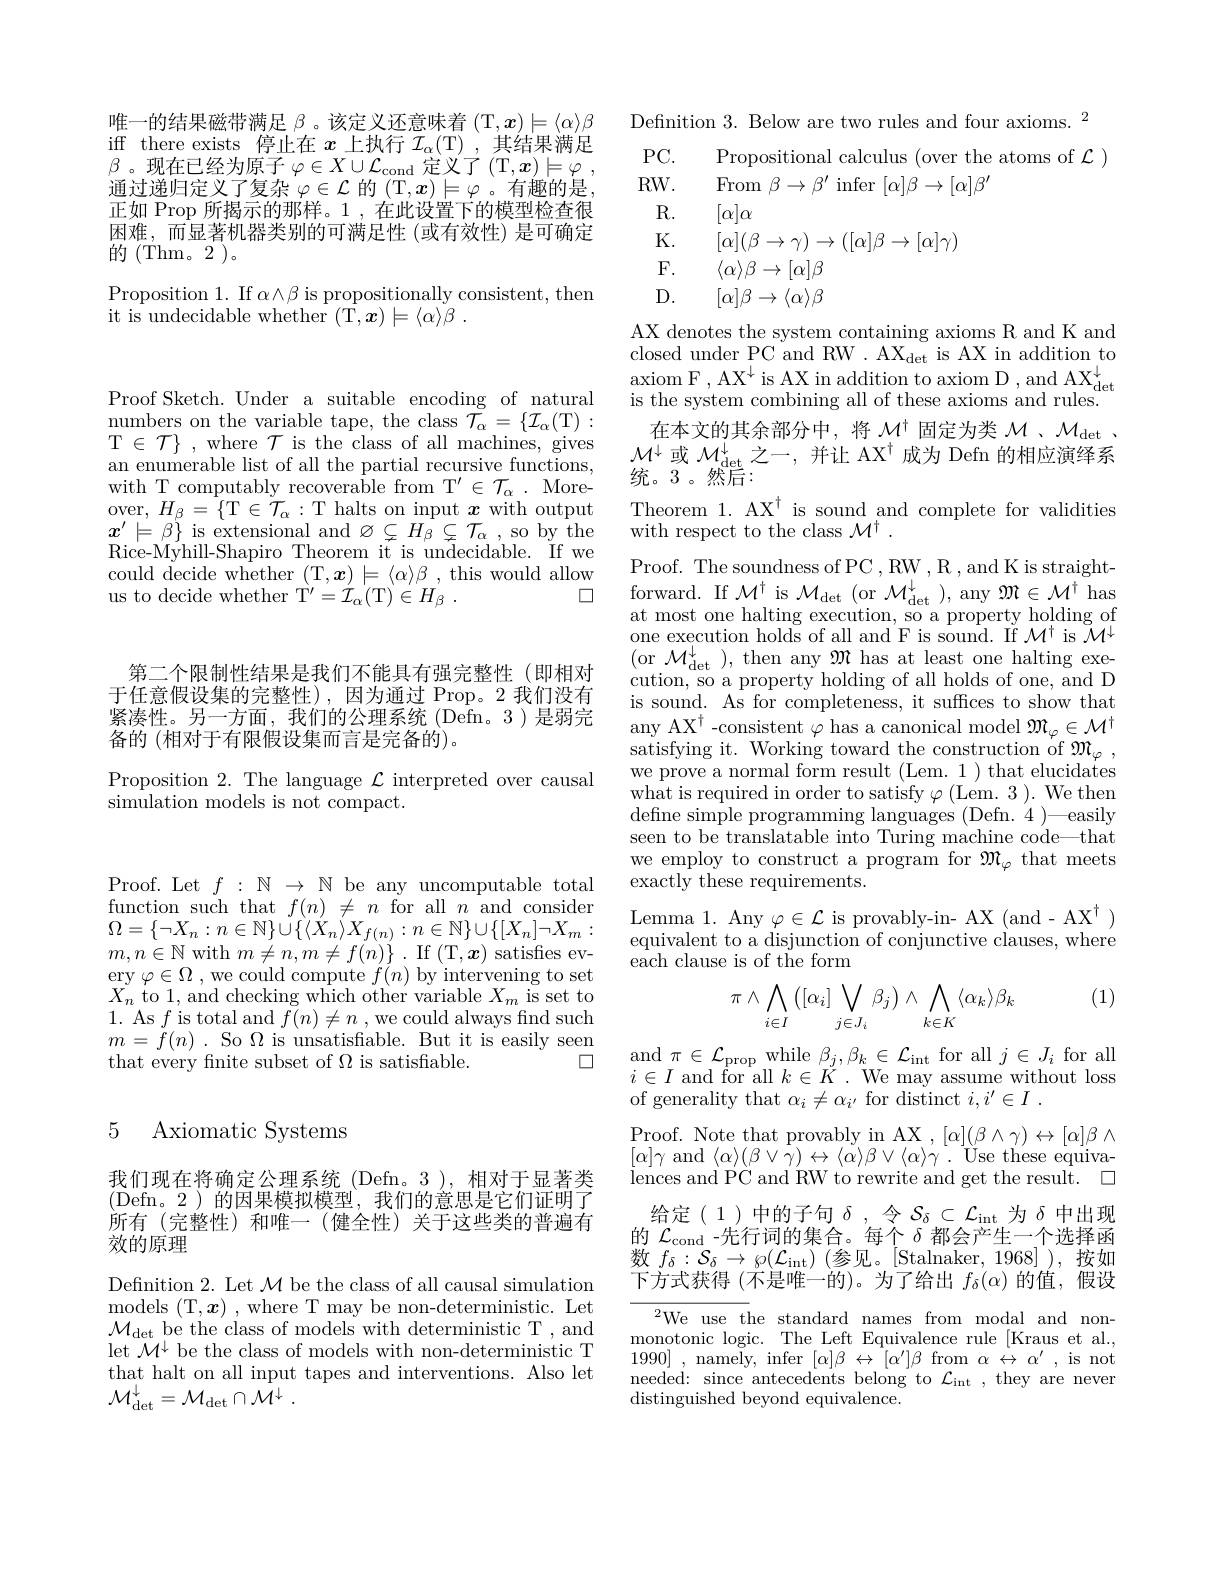
唯一的结果磁带满足$\beta$ 。该定义还意味着 (T,x)$\models\langle\alpha\rangle\beta$ iff there exists 停止在$x$上执行$\mathcal{I}_\alpha($T),其结果满足$\beta$ 。现在已经为原子$\varphi\in X\cup\mathcal{L}_\mathrm{cond}$定义了(T$, x) \models \varphi$ , 通过递归定义了复杂 $\varphi\in\mathcal{L}$ 的 (T,$x)\models\varphi$ 。有趣的是， 正如 Prop 所揭示的那样。1 ,在此设置下的模型检查很困难，而显著机器类别的可满足性(或有效性)是可确定的(Thm。2)。

Proposition 1. If $\alpha\wedge\beta$ is propositionally consistent, then
it is undecidable whether (T$, \boldsymbol{x}) \models \langle \alpha \rangle \beta$ .

Proof Sketch. Under a suitable encoding of natural $\begin{array}{l}{\mathrm{numbers~on~the~variable~tape,~the~class~}\bar{\mathcal{T}}_{\alpha}=\{\mathcal{I}_{\alpha}(\mathrm{T}):}\\{\mathrm{T}\in\mathcal{T}\}~,~\mathrm{where~}\mathcal{T}~\mathrm{is~the~class~of~all~machines,~gives}}\end{array}$ an enumerable list of all the partial recursive functions, with T computably recoverable from T'$\in\mathcal{T}_\alpha.$ More- $\operatorname*{over,}H_{\beta}=\{$T$\in\mathcal{T}_\alpha:$T halts on input $\boldsymbol x$ with output $x^{\prime}\models\beta\}$ is extensional and $\varnothing\subsetneq H_{\beta}\subsetneq\mathcal{T}_{\alpha}$ , so by the Rice-Myhill-Shapiro Theorem it is undecidable. If we could decide whether (T$,\boldsymbol x)\models\langle\alpha\rangle\beta$ , this would allow
口
us to decide whether T'$={\mathcal I}_{\alpha}($T$) \in H_{\beta }$ .

### 5 Axiomatic Systems

我们现在将确定公理系统(Defn。3),相对于显著类(Defn。2)的因果模拟模型，我们的意思是它们证明了所有(完整性)和唯一(健全性)关于这些类的普遍有效的原理
Definition 2. Let $\mathcal{M}$ be the class of all causal simulation models ( T, x) , where T may be non- deterministic. Let $\mathcal{M}_{\mathrm{det}}$ be the class of models with deterministic T, and let $\mathcal{M}^\downarrow$ be the class of models with non-deterministic T that halt on all input tapes and interventions. Also let $\mathcal{M} _{\mathrm{det}}^{\downarrow }= \mathcal{M} _{\mathrm{det}}\cap \bar{\mathcal{M} } ^{\downarrow }$ .

第二个限制性结果是我们不能具有强完整性(即相对于任意假设集的完整性),因为通过 Prop。2 我们没有紧凑性。另一方面，我们的公理系统(Defn。3)是弱完备的 (相对于有限假设集而言是完备的)。

Proposition 2. The language $\mathcal{L}$ interpreted over causal
${\tilde{\text{simulation models is not compact.}}}$

Defnition 3. Below are two rules and four axioms. $^{2}$
$PC.$
Propositional calculus (over the atoms of $\mathcal{L})$
$RW.$
From $\beta\to\beta^{\prime}$ infer $[\alpha]\beta\to[\alpha]\beta^{\prime}$
R.
$[\alpha]\alpha$
K.
$[\alpha](\beta\rightarrow\gamma)\rightarrow([\alpha]\beta\rightarrow[\alpha]\gamma)$
$F.$
$\langle\alpha\rangle\beta\rightarrow[\alpha]\beta$
$D.$
$[\alpha]\beta\rightarrow\langle\alpha\rangle\beta$

AX denotes the system containing axioms R and K and closed under PC and RW . AX$\bar{\mathrm{det~is~AX~in~addition~to}}$ $\begin{array}{l}\mathrm{axiom~F~,~AX^{\downarrow}~is~AX~in~addition~to~axiom~D~,~and~AX^{\downarrow}}\\\mathrm{is~the~system~combining~all~of~these~axioms~and~rules.}\end{array}$ 在本文的其余部分中，将$\mathcal{M}^{\dagger}$固定为类$\mathcal{M} _\mathrm{det}$ . $\mathcal{M}^{\downarrow}$或 $\mathcal{M}_\mathrm{det}^{\downarrow}$之一，并让 AX$^\dagger$ 成为 Defn 的相应演绎系统。3 。然后：
Theorem 1. AX$^\dagger$ is sound and complete for validities
with respect to the class $\mathcal{M}^\dagger.$
Proof. The soundness of PC , RW , R , and K is straightforward. If $\mathcal{M}^\dagger$ is $\mathcal{M}_{\mathrm{det}}($or $\mathcal{M}_{\mathrm{det}}^\downarrow)$, any $\mathcal{M}\in\mathcal{M}^\dagger$ has at most one halting execution, so a property holding of one execution holds of all and F is sound. If $\mathcal{M}^\dagger$ is $\tilde{\mathcal{M}}^\downarrow$ (or $\mathcal{M}_\mathrm{det}^{\downarrow})$, then any $\mathcal{M}$ has at least one halting execution, so a property holding of all holds of one, and D is sound. As for completeness, it suffices to show that any AX$^\dagger$ -consistent $\varphi$ has a canonical model $\mathfrak{M}_\varphi\in\mathcal{M}^\dagger$ $\begin{array}{l}{\mathrm{satisfying~it.~Working~toward~the~construction~of~}\mathfrak{M}_{\varphi}~,}\\{\mathrm{we~prove~a~normal~form~result~(Lem.~1~)~that~elucidates}}\end{array}$ what is required in order to satisfy $\varphi($Lem. 3 ). We then $\operatorname*{define~simple~programming~languages~(Defn.~4~)}—$easily seen to be translatable into Turing machine code—that we employ to construct a program for $\mathfrak{M}_\varphi$ that meets exactly these requirements.
$\begin{array}{c}\mathrm{Lemma~1.~Any~\varphi\in\mathcal{L}~is~provably-in-~AX~(and-AX^{\dagger})}\\\mathrm{Lemma~1.~Any~\varphi\in\mathcal{L}~is~provably-in-~AX~(and-AX^{\dagger})}\end{array}$ equivalent to a disjunction of conjunctive clauses, where

each clause is of the form

(1)
$$\pi\wedge\bigwedge\limits_{i\in I}\left([\alpha_i]\bigvee\limits_{j\in J_i}\beta_j\right)\wedge\bigwedge\limits_{k\in K}\langle\alpha_k\rangle\beta_k$$
$\begin{array}{c}{\mathrm{and~}\pi\in\mathcal{L}_{\mathrm{prop~while~}}\beta_{j},\beta_{k}\in\mathcal{L}_{\mathrm{int~for~all~}}j\in J_{i}}&{\mathrm{for~all~}}\\{\mathrm{and~}\pi\in\mathcal{L}_{\mathrm{prop~while~}}\beta_{j},\beta_{k}\in\mathcal{L}_{\mathrm{int~for~all~}}j\in J_{i}}&{\mathrm{for~all~}}\\{\mathrm{and~}\pi\in\mathcal{I}_{\mathrm{prop~while~}}\beta_{j},\beta_{k}\in\mathcal{L}_{\mathrm{int~for~all~}}j\in J_{i}}&{\mathrm{for~all~}}\end{array}$ $i\in I$ and for all $k\in K.$ We may assume without loss of generality that $\alpha_i\neq\alpha_{i^{\prime}}$ for distinct $i, i^\prime \in I$ .
Proof. Note that provably in AX $,[\alpha](\beta\wedge\gamma)\leftrightarrow[\alpha]\beta\wedge$ $[\alpha]\gamma$ and$\langle\alpha\rangle(\beta\vee\dot{\gamma})\leftrightarrow\langle\dot{\alpha}\rangle\beta\vee\langle\alpha\rangle\gamma.$Use these equivalences and PC and RW to rewrite and get the result. $\square$
给定(1)中的子句$\delta$,令$\mathcal{S}_\delta\subset\mathcal{L}_\mathrm{int}$为$\delta$中出现的$\mathcal{L}_\mathrm{cond}$ -先行词的集合。每个$\delta$都会产生一个选择函数$f_\delta:\mathcal{S}_\delta\to\wp(\mathcal{L}_{\mathrm{int}})$ (参见。[Stalnaker,1968] ),按如下方式获得 (不是唯一的)。为了给出$f_\delta(\alpha)$的值，假设$^{2}$We use the standard names from modal and non-
monotonic logic. The Left Equivalence rule [Kraus et al., 1990],namely, infer$ [ \alpha ] \beta \leftrightarrow [ \alpha ^{\prime }] \beta $from $\alpha~\leftrightarrow~\alpha^{\prime}~,~$is not $\begin{array}{l}\mathrm{needed:~since~antecedents~belong~to~}\mathcal{L}_{\mathrm{int}}&,\text{they are never}\\\mathrm{distinguished~beyond~equivalence.}\end{array}$

Proof. Let $f:\mathbb{N}\to\mathbb{N}$ be any uncomputable total function such that $f(n)\not=n$ for all $n$ and consider $\Omega=\{\neg X_{n}:n\in\mathbb{N}\}\cup\{\langle X_{n}\rangle X_{f(n)}:n\in\mathbb{N}\}\cup\{[X_{n}]\neg X_{m}:$ $m,n\in\mathbb{N}$with$m\neq n,m\neq f(n)\}$. If(T$,\boldsymbol x)$ satisfes ev- $\operatorname*{ery}_{\mathbf{v}}\varphi\in\Omega$,we could compute $f(n)$ by intervening to set $X_{n}$ to 1, and checking which other variable $X_m$ is set to 1. As $f$ is total and $f(n)\neq n$ , we could always find such $m=f(n)$ . So $\Omega$ is unsatisfiable. But it is easily seen
口
that every fnite subset of $\Omega$ is satisfiable.